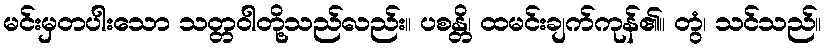
မင်းမှတပါးသော သတ္တဝါတို့သည်လည်း။ ပစန္တိ၊ ထမင်းချက်ကုန်၏။ တွံ၊ သင်သည်။